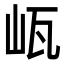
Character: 㼘